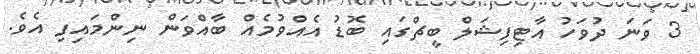
3 ވަނަ ދުވަހު އާޓިފިޝަލް ބީޗްގައި ބޮޑު އެއްވުމެއް ބާއްވަން ނިންމައިފި އެވެ.